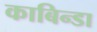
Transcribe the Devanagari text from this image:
काबिन्डा